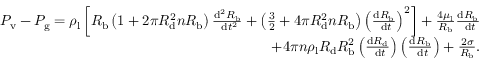
\begin{array} { r } { P _ { \mathrm { v } } - P _ { \mathrm { g } } = \rho _ { \mathrm { l } } \left[ R _ { \mathrm { b } } \left( 1 + 2 \pi R _ { \mathrm { d } } ^ { 2 } n R _ { \mathrm { b } } \right) \frac { \mathrm { d } ^ { 2 } R _ { \mathrm { b } } } { \mathrm { ~ d } t ^ { 2 } } + \left( \frac { 3 } { 2 } + 4 \pi R _ { \mathrm { d } } ^ { 2 } n R _ { \mathrm { b } } \right) \left( \frac { \mathrm { d } R _ { \mathrm { b } } } { \mathrm { ~ d } t } \right) ^ { 2 } \right] + \frac { 4 \mu _ { \mathrm { l } } } { R _ { \mathrm { b } } } \frac { \mathrm { d } R _ { \mathrm { b } } } { \mathrm { ~ d } t } } \\ { + 4 \pi n \rho _ { \mathrm { l } } R _ { \mathrm { d } } R _ { \mathrm { b } } ^ { 2 } \left( \frac { \mathrm { d } R _ { \mathrm { d } } } { \mathrm { ~ d } t } \right) \left( \frac { \mathrm { d } R _ { \mathrm { b } } } { \mathrm { ~ d } t } \right) + \frac { 2 \sigma } { R _ { \mathrm { b } } } . } \end{array}